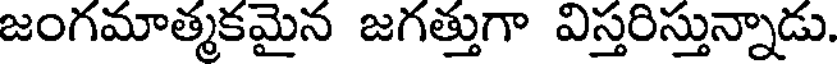
జంగమాత్మకమైన జగత్తుగా విస్తరిస్తున్నాడు.